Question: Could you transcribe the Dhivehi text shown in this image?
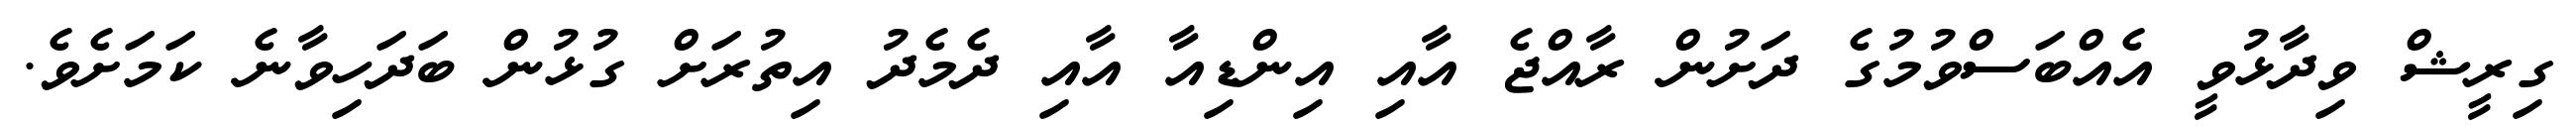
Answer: ގިރީޝް ވިދާޅުވީ އެއްބަސްވުމުގެ ދަށުން ރާއްޖެ އާއި އިންޑިއާ އާއި ދެމެދު އިތުރަށް ގުޅުން ބަދަހިވާނެ ކަމަށެވެ.